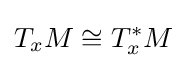
T_{x}M\cong T_{x}^{*}M